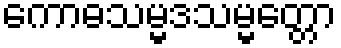
ကောဓသမ္မဒသမ္မတ္တော